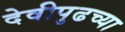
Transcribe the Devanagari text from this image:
देवीपुढच्या